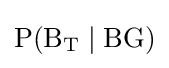
\mathrm {P(B_{T}\mid BG)}